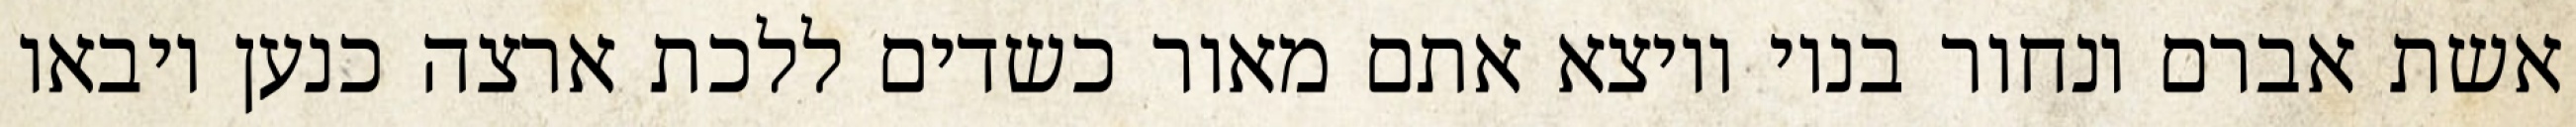
אשת אברם ונחור בניו ויוצא אתם מאור כשדים ללכת ארצה כנען ויבאו